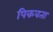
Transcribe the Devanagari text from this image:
पिकवता